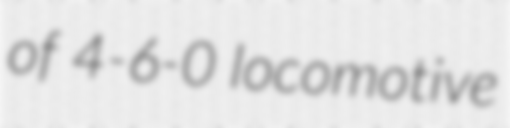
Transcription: of 4-6-0 locomotive